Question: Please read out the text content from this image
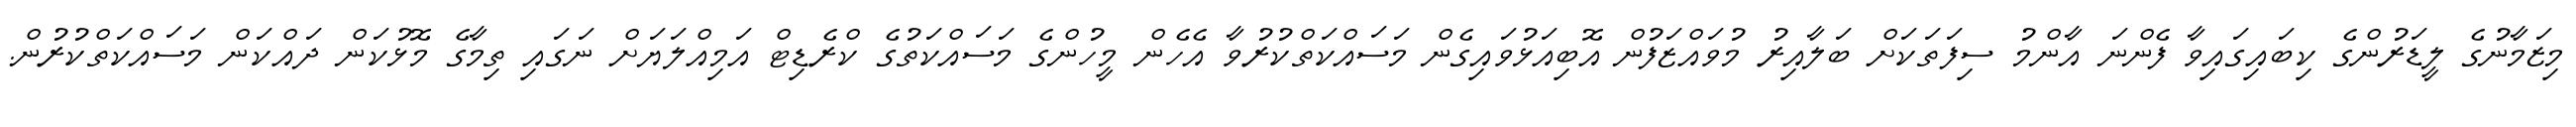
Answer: މިޒަމާނުގެ ލީޑަރުންގެ ކިބައިގައިވާ ފެންނަ އާންމު ސިފަތަކަށް ބަލާއިރު މުވައްޒަފުން އޮބިއަޅުވައިގެން މަސައްކަތްކުރުވާ އެހެން މީހުންގެ މަސައްކަތުގެ ކްރެޑިޓް އަމިއްލަޔަށް ނަގައި ތިމާގެ މޮޅުކަން ދައްކަން މަސައްކަތްކުރުން.